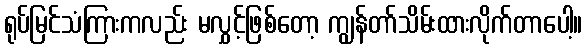
ရုပ်မြင်သံကြားကလည်း မလွှင့်ဖြစ်တော့ ကျွန်တာ်သိမ်းထားလိုက်တာပေါ့။